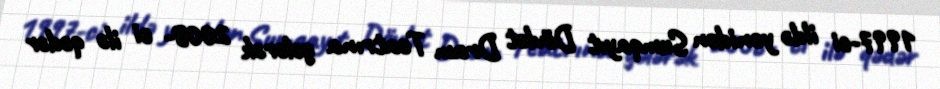
1997-ci ildə yenidən Sumqayıt Dövlət Dram Teatrına gələrək 2008- ci ilə qədər